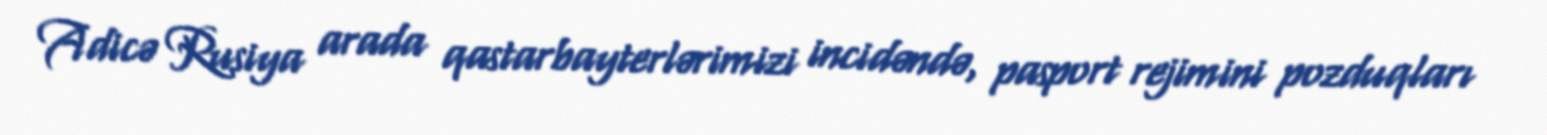
Adicə Rusiya arada qastarbayterlərimizi incidəndə, pasport rejimini pozduqları